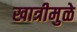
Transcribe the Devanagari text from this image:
खात्रीमुळे